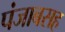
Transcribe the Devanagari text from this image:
पंजाबसह